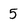
Character: 5